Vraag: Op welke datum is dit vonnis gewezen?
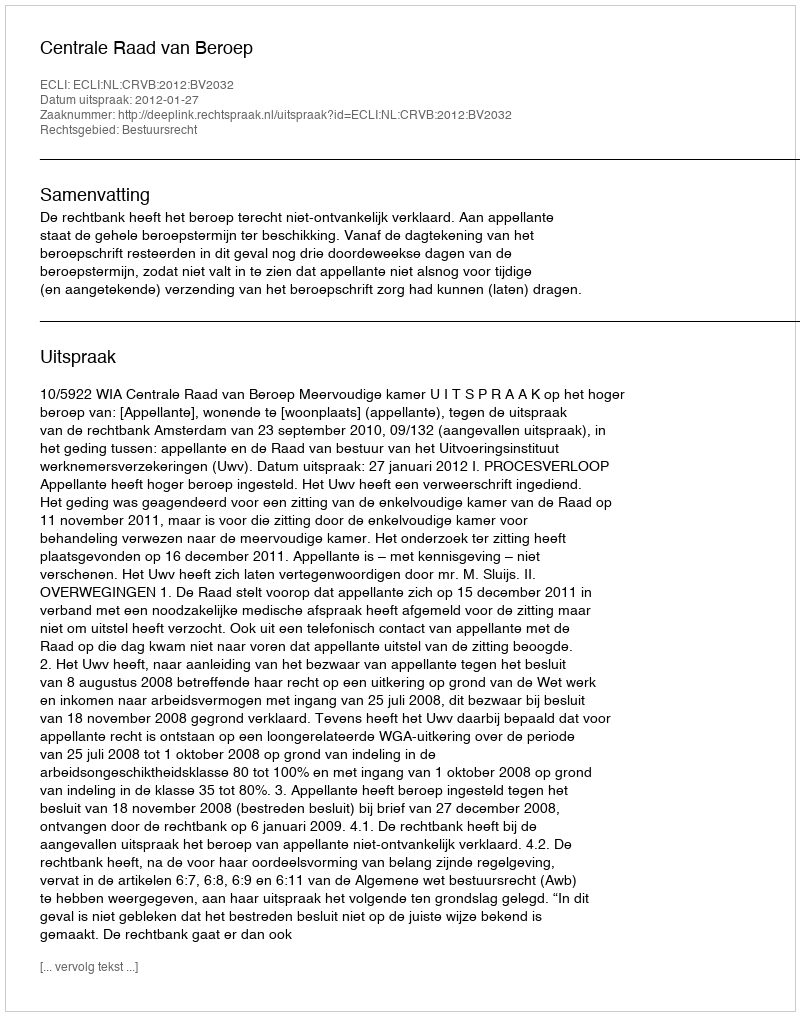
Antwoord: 2012-01-27